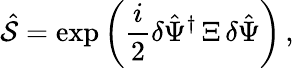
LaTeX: \hat{\mathcal{S}}=\exp\bigg(\frac{i}{2}\delta\hat{\Psi}^{\dagger}\, \Xi\, \delta\hat{\Psi}\bigg)\, ,